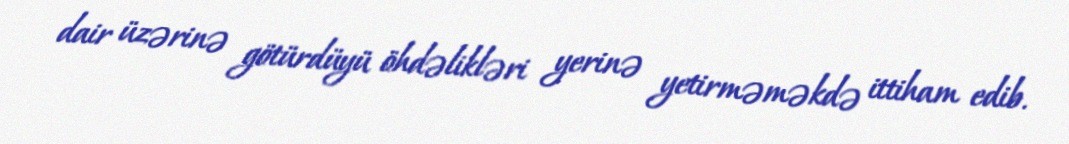
dair üzərinə götürdüyü öhdəlikləri yerinə yetirməməkdə ittiham edib.